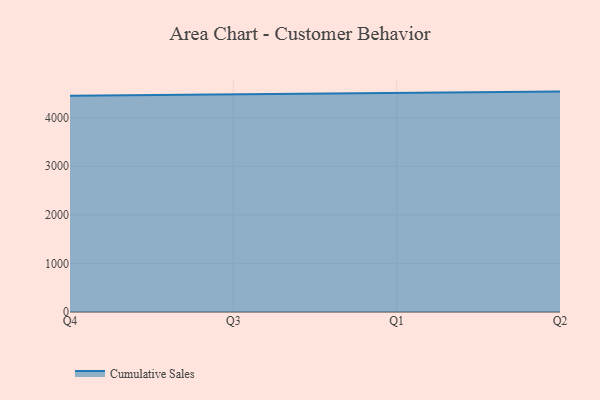
{"axis": {"x": "Quarter", "y": "Temperature (°C)"}, "legend": ["Cumulative Sales"], "data": [{"x": "Q4", "y": 4451.5, "type": "Cumulative Sales"}, {"x": "Q3", "y": 4480.7, "type": "Cumulative Sales"}, {"x": "Q1", "y": 4505.2, "type": "Cumulative Sales"}, {"x": "Q2", "y": 4537.3, "type": "Cumulative Sales"}]}